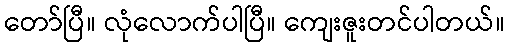
တော်ပြီ။ လုံလောက်ပါပြီ။ ကျေးဇူးတင်ပါတယ်။